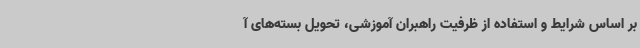
بر اساس شرایط و استفاده از ظرفیت راهبران آموزشی، تحویل بسته‌های آ